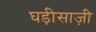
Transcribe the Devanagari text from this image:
घड़ीसाज़ी